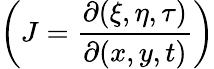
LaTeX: \bigg(J=\frac{\partial(\xi,\eta,\tau)}{\partial(x,y,t)}\bigg)